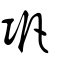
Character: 巩